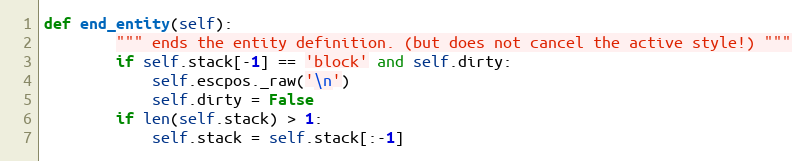
Language: Python
def end_entity(self):
        """ ends the entity definition. (but does not cancel the active style!) """
        if self.stack[-1] == 'block' and self.dirty:
            self.escpos._raw('\n')
            self.dirty = False
        if len(self.stack) > 1:
            self.stack = self.stack[:-1]